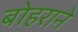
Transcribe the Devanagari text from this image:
बोहराने